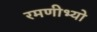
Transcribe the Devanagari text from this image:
रमणीभ्यो